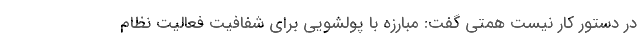
در دستور کار نیست همتی گفت: مبارزه با پولشویی برای شفافیت فعالیت نظام